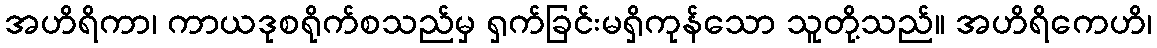
အဟိရိကာ၊ ကာယဒုစရိုက်စသည်မှ ရှက်ခြင်းမရှိကုန်သော သူတို့သည်။ အဟိရိကေဟိ၊